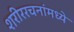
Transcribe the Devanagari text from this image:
शरीररचनांमध्ये